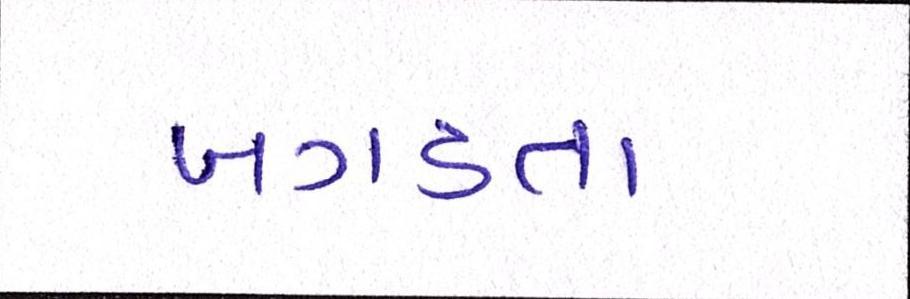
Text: બગડતા